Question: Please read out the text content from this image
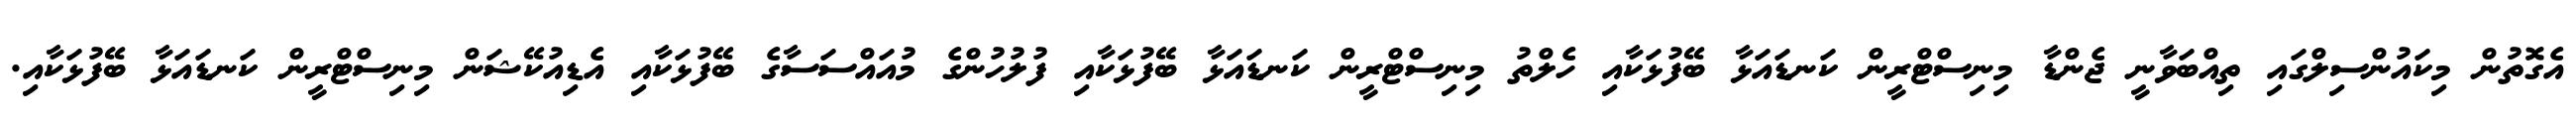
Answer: އެގޮތުން މިކައުންސިލްގައި ތިއްބަވާނީ ޖެންޑާ މިނިސްޓްރީން ކަނޑައަޅާ ބޭފުޅަކާއި ހެލްތު މިނިސްޓްރީން ކަނޑައަޅާ ބޭފުޅަކާއި ފުލުހުންގެ މުއައްސަސާގެ ބޭފުޅަކާއި އެޑިއުކޭޝަން މިނިސްޓްރީން ކަނޑައަޅާ ބޭފުޅަކާއި.